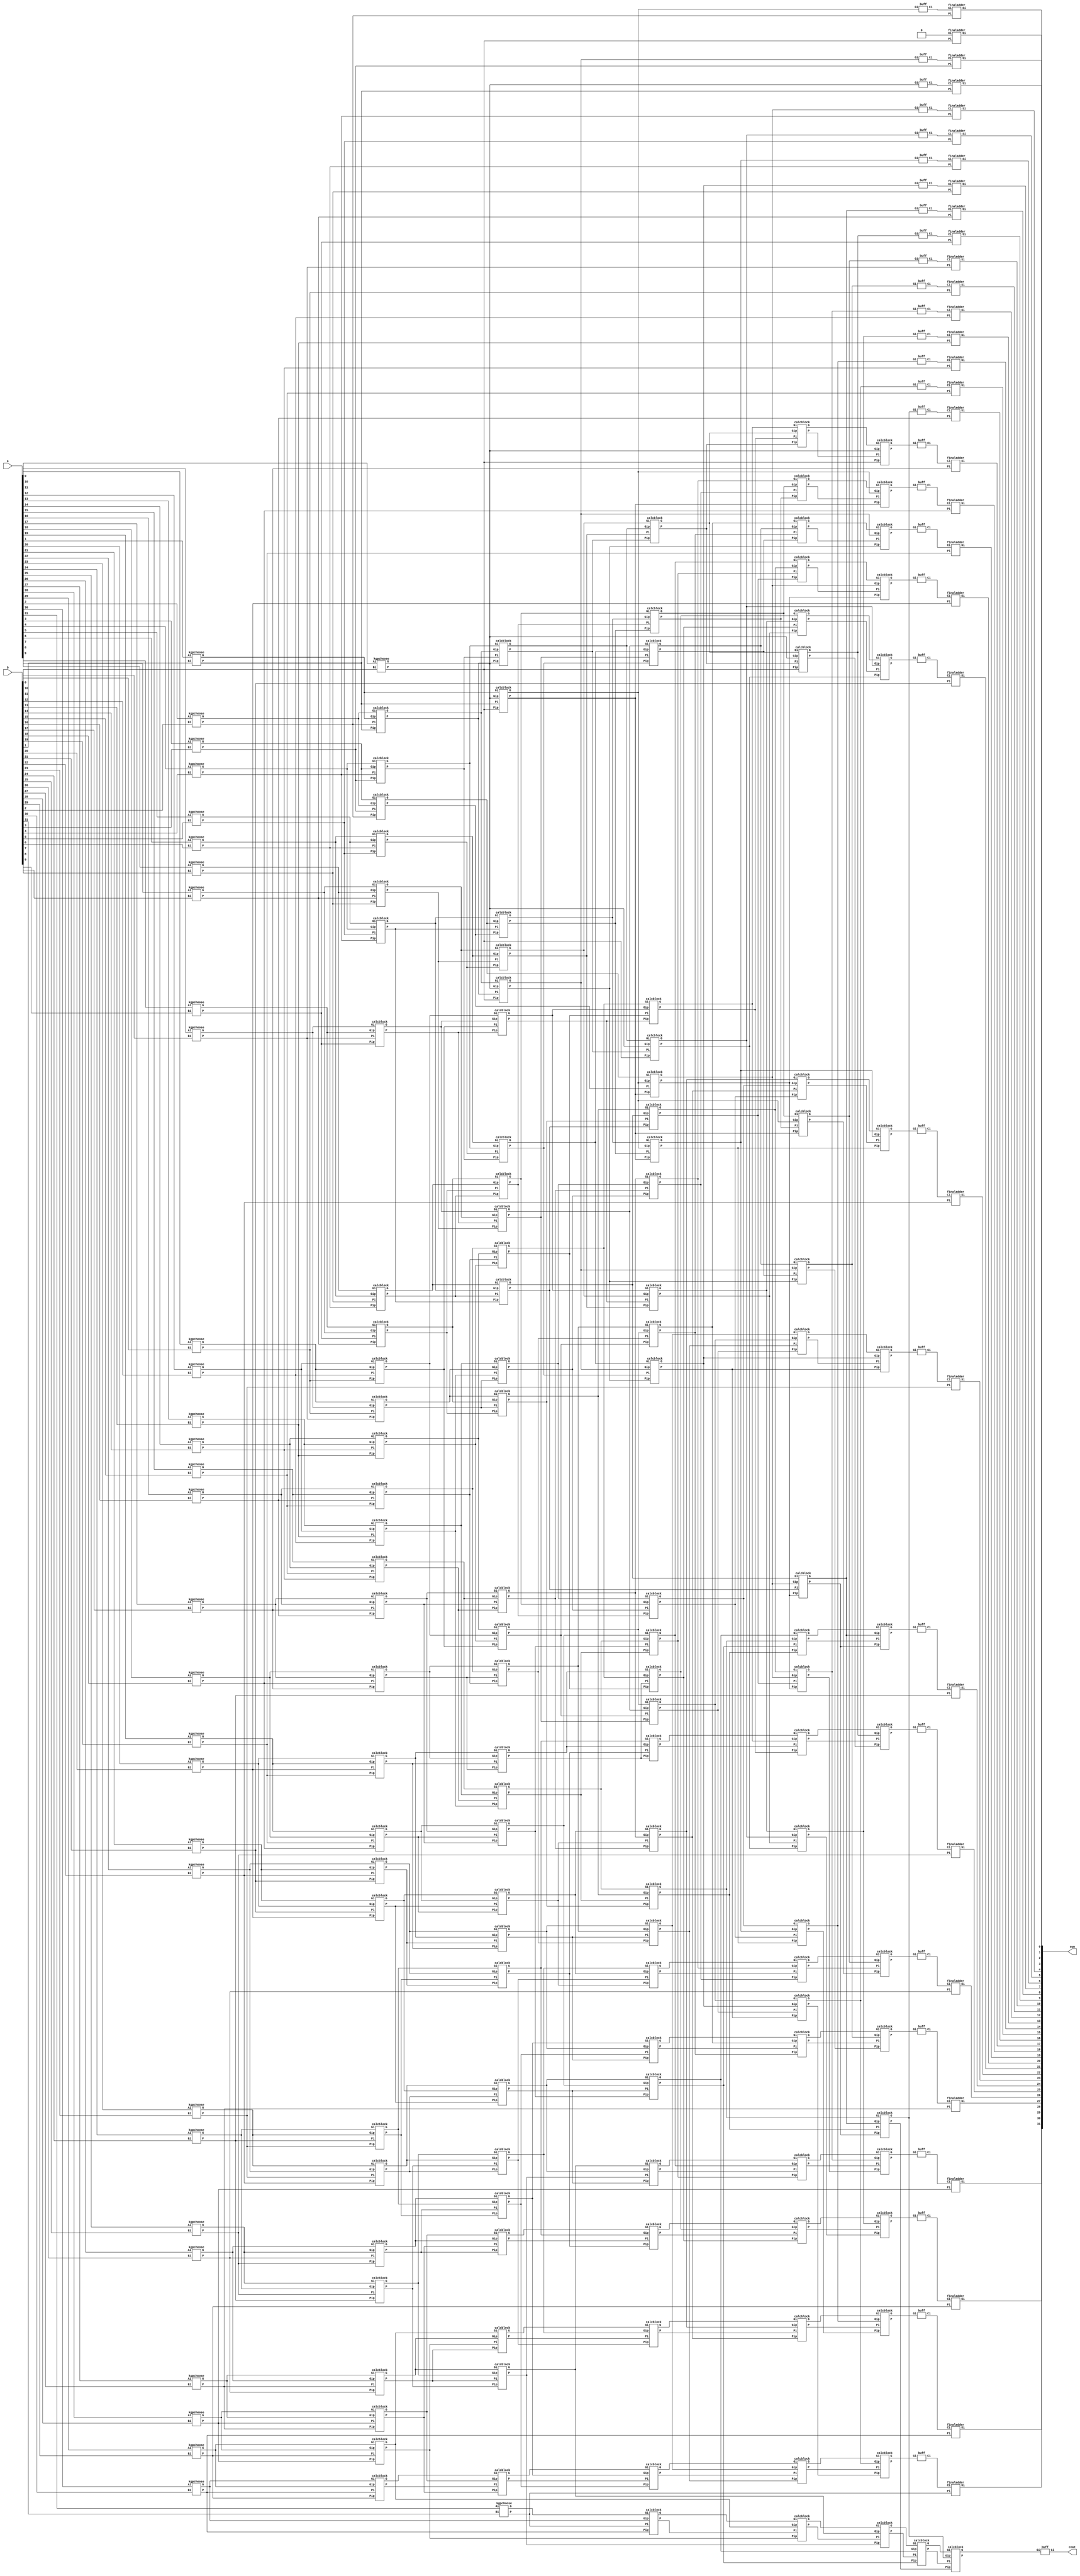

module thirtytwo_bit_Recursive_Carry_Adder(
output [31:0] sum,
output cout,
input [31:0] a,b);
  
wire cin = 1'b0;
wire [31:0] c,g,p;
  
kgpchoose kgp[31:0](g, p, a, b);
wire [31:1] g2, p2;
buff buff_0(c[0], g[0]);
calcblock calc_0[31:1](g2[31:1], p2[31:1], g[31:1], p[31:1], g[30:0], p[30:0]);

wire [31:2] g3, p3;
buff buff_1(c[1], g2[1]);
calcblock calc_1[31:2](g3[31:2], p3[31:2], g2[31:2], p2[31:2], {g2[29:1],g[0]}, {p2[29:1],p[0]});

wire [31:4] g4, p4;
buff buff_2[3:2](c[3:2], g3[3:2]);
calcblock calc_2[31:4](g4[31:4], p4[31:4], g3[31:4], p3[31:4], {g3[27:2],g2[1],g[0]}, {p3[27:2],p2[1],p[0]});

wire [31:8] g5, p5;
buff buff_3[7:4](c[7:4], g4[7:4]);
calcblock calc_3[31:8](g5[31:8], p5[31:8], g4[31:8], p4[31:8], {g4[23:4],g3[3:2],g2[1],g[0]}, {p4[23:4],p3[3:2],p2[1],p[0]});
        
wire [31:16] g6, p6;
buff buff_4[15:8](c[15:8], g5[15:8]);
calcblock calc_4[31:16](g6[31:16], p6[31:16], g5[31:16], p5[31:16], {g5[15:8],g4[7:4],g3[3:2],g2[1],g[0]}, {p5[15:8],p4[7:4],p3[3:2],p2[1],p[0]});
  
buff buff_5[31:16](c[31:16], g6[31:16]);
finaladder adder_0(sum[0],p[0],cin);
finaladder addr_1[31:1](sum[31:1],p[31:1], c[30:0]);
buf(cout, c[31]);
 


endmodule



module kgpchoose(
output G, P,
input Ai, Bi);
and(G, Ai, Bi);
xor(P, Ai, Bi);
endmodule

module finaladder(
output Si,
input Pi, Ci);
xor(Si, Pi, Ci);
endmodule

module finaladderr(
output Si,
input ai,bi,Ci);
wire w;
xor(w,ai,bi);
xor(Si,w,Ci);
endmodule

module buff(
output Ci,
input Gi);
//buf(Ci, Gi);
assign Ci=Gi;
endmodule

module calcblock(output G, P, input Gi, Pi, Gip, Pip);
wire w;
and(w, Pi, Gip);
or(G, w, Gi);
and(P, Pi, Pip);
endmodule